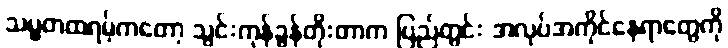
သမ္မတထရမ့်ကတော့ သွင်းကုန်ခွန်တိုးတာက ပြည်တွင်း အလုပ်အကိုင်နေရာတွေကို